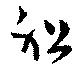
祖